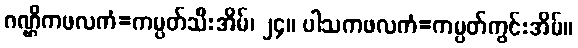
ဂဏ္ဌိကဖလကံ=ကမ္ပတ်သီးအိမ်၊ ၂၄။ ပါသကဖလကံ=ကမ္ပတ်ကွင်းအိမ်။